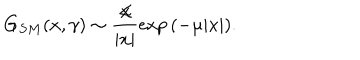
G _ { S M } ( x , \gamma ) \sim \frac { \not \! x } { | x | } \exp { ( - \mu | x | ) } .